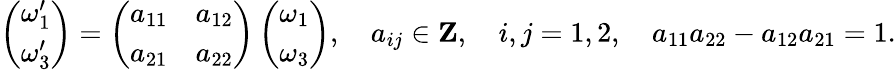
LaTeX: \left(\begin{array}{l}{{\omega_{1}^{\prime}}}\\ {{\omega_{3}^{\prime}}}\end{array}\right)=\left(\begin{array}{ll}{{a_{11}}}&{{a_{12}}}\\ {{a_{21}}}&{{a_{22}}}\end{array}\right)\left(\begin{array}{l}{{\omega_{1}}}\\ {{\omega_{3}}}\end{array}\right),\quad a_{ij}\in{\mathbf Z},\quad i,j=1,2,\quad a_{11}a_{22}-a_{12}a_{21}=1.